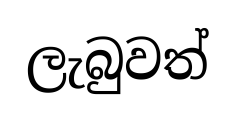
ලැබුවත්